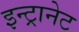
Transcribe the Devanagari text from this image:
इन्ट्रानेट